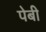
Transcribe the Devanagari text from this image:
पेबी